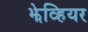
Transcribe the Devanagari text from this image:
झेव्हियर